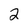
Character: 2